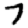
Digit: 7